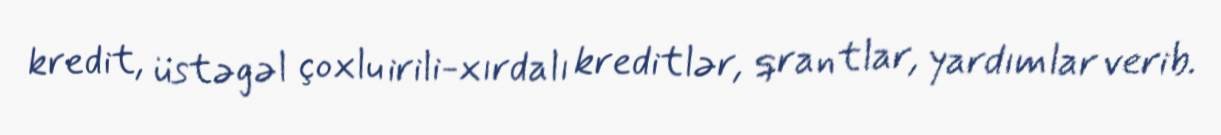
kredit, üstəgəl çoxlu irili-xırdalı kreditlər, qrantlar, yardımlar verib.